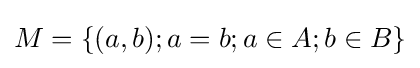
M=\left\{(a,b);a=b;a\in A;b\in B\right\}